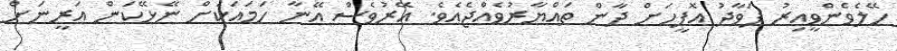
ހޭލެވެންވީއިރު ފަވާދު އޮފީހަށް ދާން ތައްޔާރުވެއްޖެއެވެ. އޭރުވެސް އޭނާ ހަމައަކަށް ނޭޅޭކަން އަރީނަށް